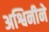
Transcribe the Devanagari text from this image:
अश्विनीने